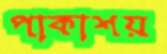
পাকাশয়